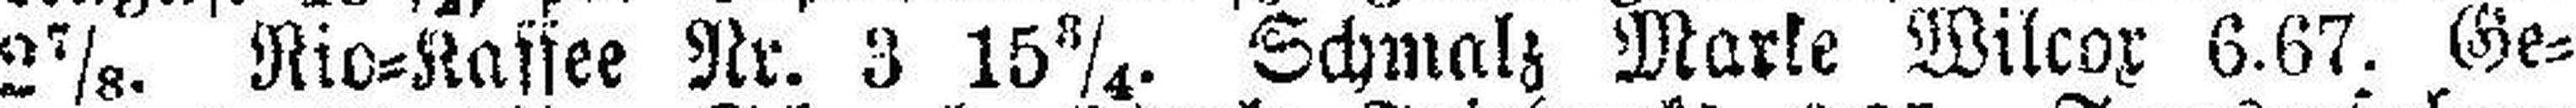
2⅞. Rio=Kassee Nr. 3 15¾. Schmalz Marke Wilcox 6.67. Ge¬